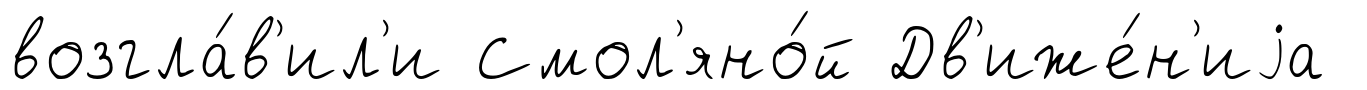
возгла́в'ил'и Смол'яно́й Дв'иже́н'иjа